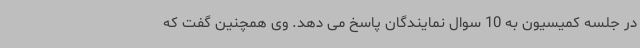
در جلسه کمیسیون به 10 سوال نمایندگان پاسخ می دهد. وی همچنین گفت که